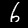
Label: 6